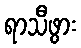
ရာသီဖွား